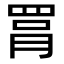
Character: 罥